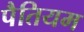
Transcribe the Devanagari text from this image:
पैतियम